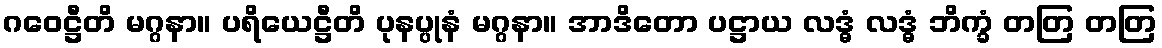
ဂဝေဋ္ဌီတိ မဂ္ဂနာ။ ပရိယေဋ္ဌီတိ ပုနပ္ပုနံ မဂ္ဂနာ။ အာဒိတော ပဋ္ဌာယ လဒ္ဓံ လဒ္ဓံ ဘိက္ခံ တတြ တတြ